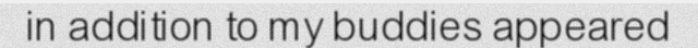
in addition to my buddies appeared